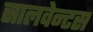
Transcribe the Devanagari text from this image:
सालवेन्टस